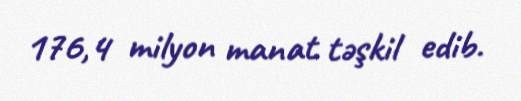
176,4 milyon manat təşkil edib.